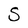
Character: S